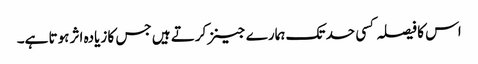
اس کا فیصلہ کسی حد تک ہمارے جینز کرتے ہیں جس کا زیادہ اثر ہوتا ہے۔